Vaccination in Bombay 1869-1873 - 1869-1873
Year: 1869
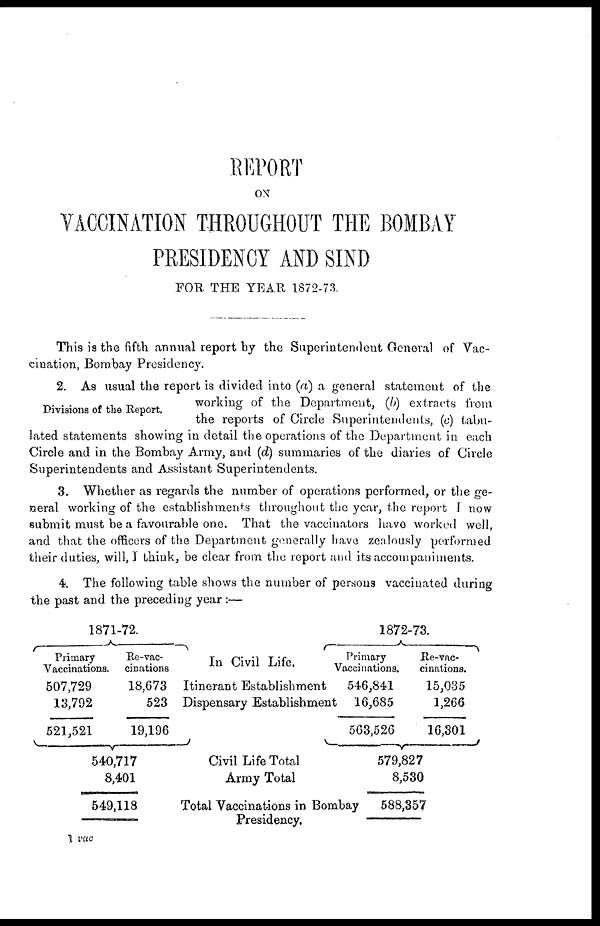
REPORT
ON
VACCINATION THROUGHOUT THE BOMBAY
PRESIDENCY AND SIND
FOR THE YEAR 1872-73.
This is the fifth annual report by the Superintendent General of Vac¬
cination, Bombay Presidency.
Divisions of the Report.
2. As usual the report is divided into (a) a general statement of the
working of the Department, (b) extracts from
the reports of Circle Superintendents, (c) tabu-
lated statements showing in detail the operations of the Department in each
Circle and in the Bombay Army, and (d) summaries of the diaries of Circle
Superintendents and Assistant Superintendents.
3. Whether as regards the number of operations performed, or the ge-
neral working of the establishments throughout the year, the report I now
submit must be a favourable one. That the vaccinators have worked well,
and that the officers of the Department generally have zealously performed
their duties, will, I think, be clear from the report and its accompaniments.
4. The following table shows the number of persons vaccinated during
the past and the preceding year :—
1871-72.
Primary
Vaccinations.
507,729
13,792
521,521
Re-vac-
cinations
18,673
523
19,196
540,717
8,401
549,118
In Civil Life.
Itinerant Establishment
Dispensary Establishment
Civil Life Total
Army Total
Total Vaccinations in Bombay
Presidency.
1872-73.
Primary
Vaccinations.
546,841
16,685
563,526
Re-vac-
cinations.
15,035
1,266
16,301
579,827
8,530
588,357
1 vac